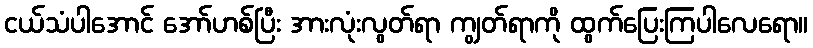
ငယ်သံပါအောင် အော်ဟစ်ပြီး အားလုံးလွတ်ရာ ကျွတ်ရာကို ထွက်ပြေးကြပါလေရော။